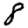
Digit: 8